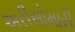
અરીસોમારી